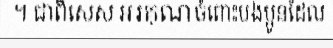
។ ជាពិសេស អរគុណចំពោះបងប្អូនដែល